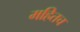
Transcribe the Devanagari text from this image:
महितच